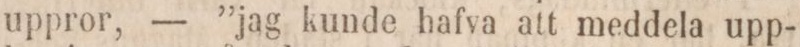
uppror, — “jag kunde hafva att meddela upp-